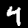
Digit: 4